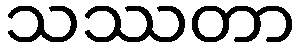
သဿတာ